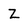
Character: Z